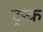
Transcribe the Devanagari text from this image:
ट्रन्क